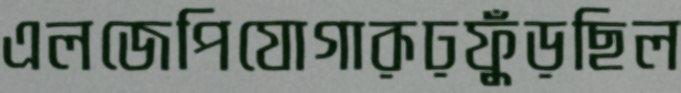
এলজেপিযোগারূঢ়ফুঁড়ছিল